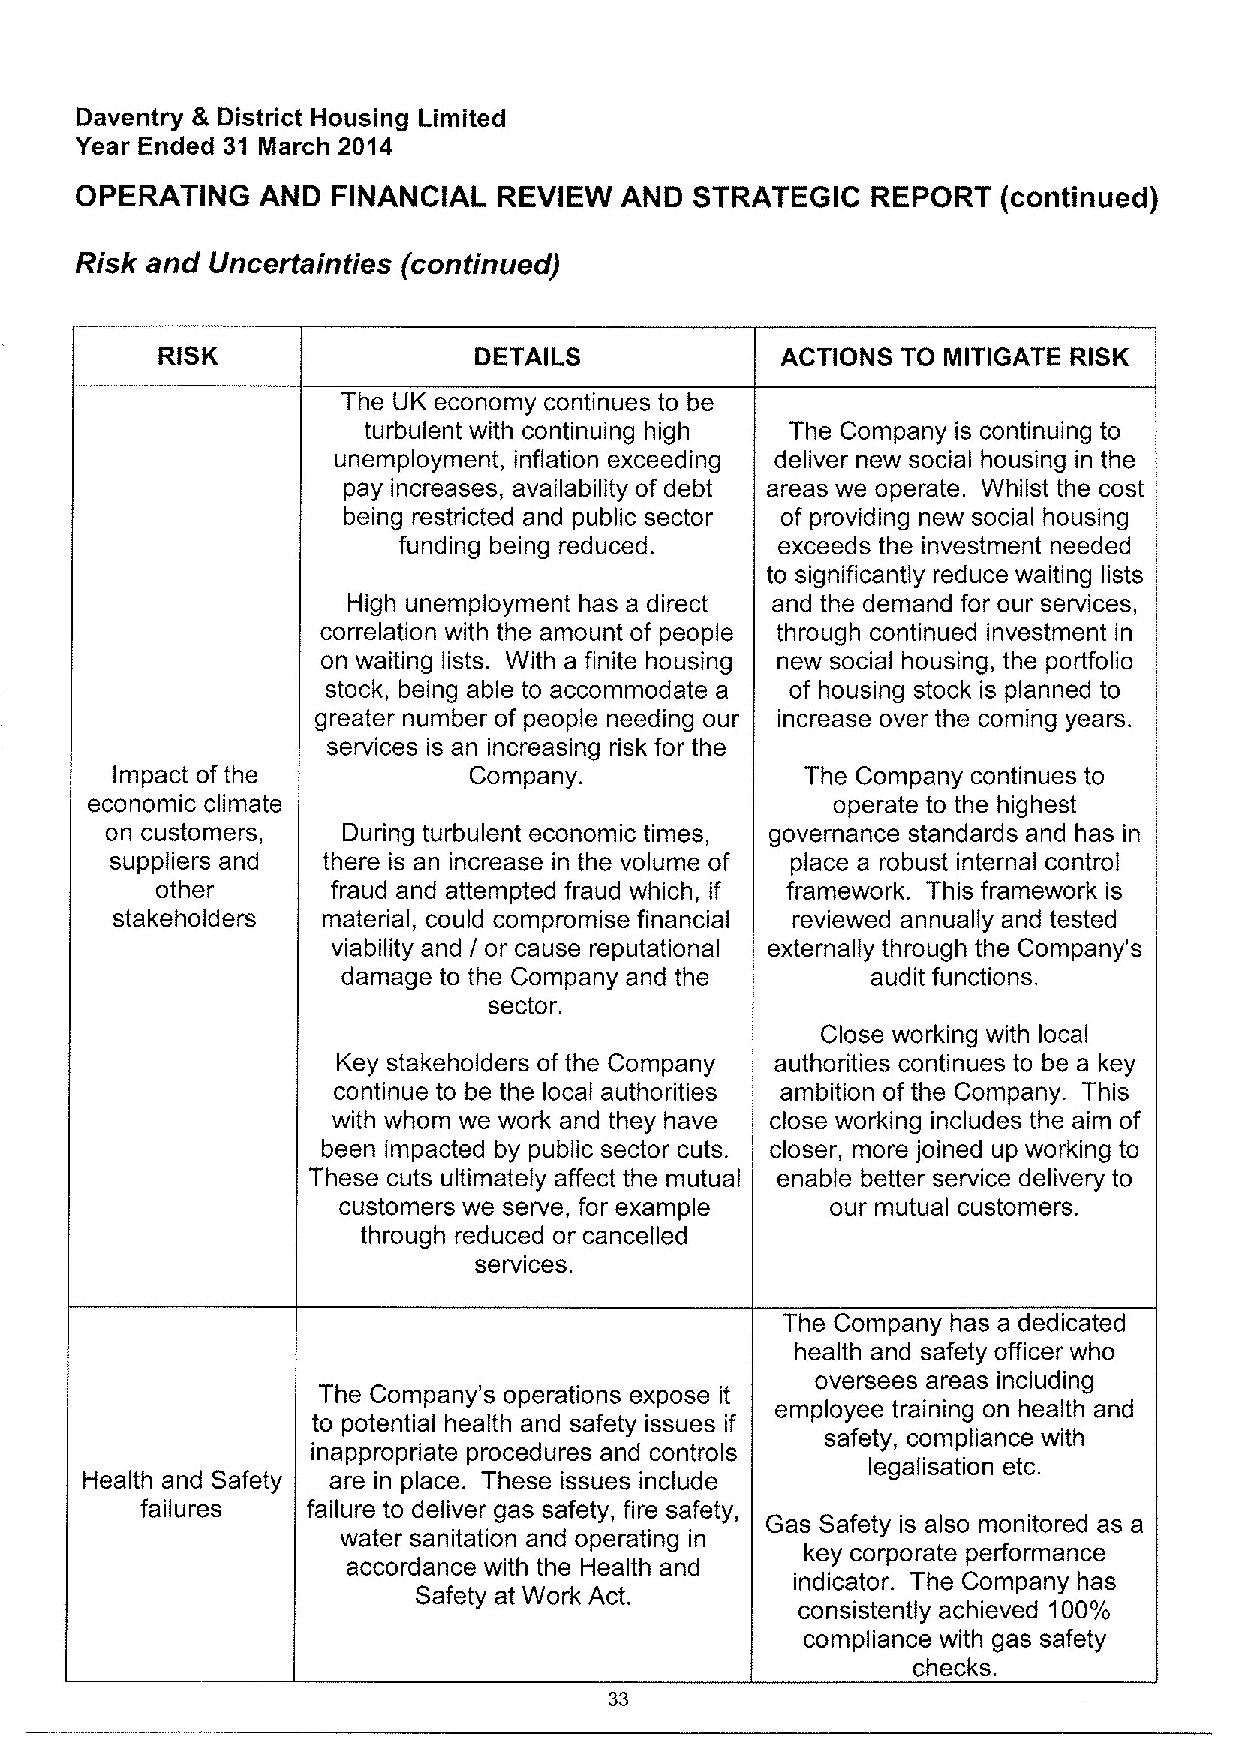
Daventry 8 District Housing Limited
 Year Ended 31 March 2014
 OPERATING   AND  FINANCIAL  REVIEW  AND  STRATEGIC   REPORT  (continued)
 Risk and Uncertainties (continued)
 RISK                 DETAILS              ACTIONS TO MITIGATE RISK
 The UK economy continues to be
 turbulent with continuing high The Company is continuing to
 unemployment, inflation exceeding deliver new social housing in the
 pay increases, availability of debt areas we operate. Whilst the cost
 being restricted and public sector of providing new social housing
 funding being reduced.   exceeds the investment needed
 to significantly reduce waiting lists
 High unemployment has a direct and the demand for our services,
 correlation with the amount of people through continued investment in
 on waiting lists. With a finite housing new social housing, the portfolio
 stock, being able to accommodate a of housing stock is planned to
 greater number of people needing our increase over the coming years.
 services is an increasing risk for the
 Impact ofthe            Company.              The Company continues to
 economic climate                                 operate to the highest
 on customers,   During turbulent economic times, governance standards and has in
 suppliers and there is an increase in the volume of place a robust internal control
 other       fraud and attempted fraud which, if framework. This framework is
 stakeholders  material, could compromise financial reviewed annually and tested
 viability and I or cause reputational externally through the Company's
 damage to the Company and the      audit functions.
 sector.
 Close working with local
 Key stakeholders of the Company authorities continues to be a key
 continue to be the local authorities ambition of the Company. This
 with whom we work and they have close working includes the aim of
 been impacted by public sector cuts. closer, more joined up working to
 These cuts ultimately affect the mutual enable better service delivery to
 customers we serve, for example  our mutual customers.
 through reduced or cancelled
 services.
 The Company has a dedicated
 health and safety officer who
 oversees areas including
 The Company's operations expose it
 employee training on health and
 to potential health and safety issues if
 safety, compliance with
 inappropriate procedures and controls
 legalisation etc.
 Health and Safety are in place. These issues include
 failures   failure to deliver gas safety, fire safety,
 Gas Safety is also monitored as a
 water sanitation and operating in
 key corporate performance
 accordance with the Health and
 indicator. The Company has
 Safety at Work Act.
 consistently achieved 100%
 compliance with gas safety
 checks.
 33